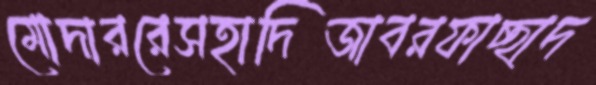
মোদাররেসহাদিজাবরফাচ্ছাদ